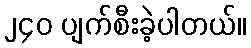
၂၄၀ ပျက်စီးခဲ့ပါတယ်။